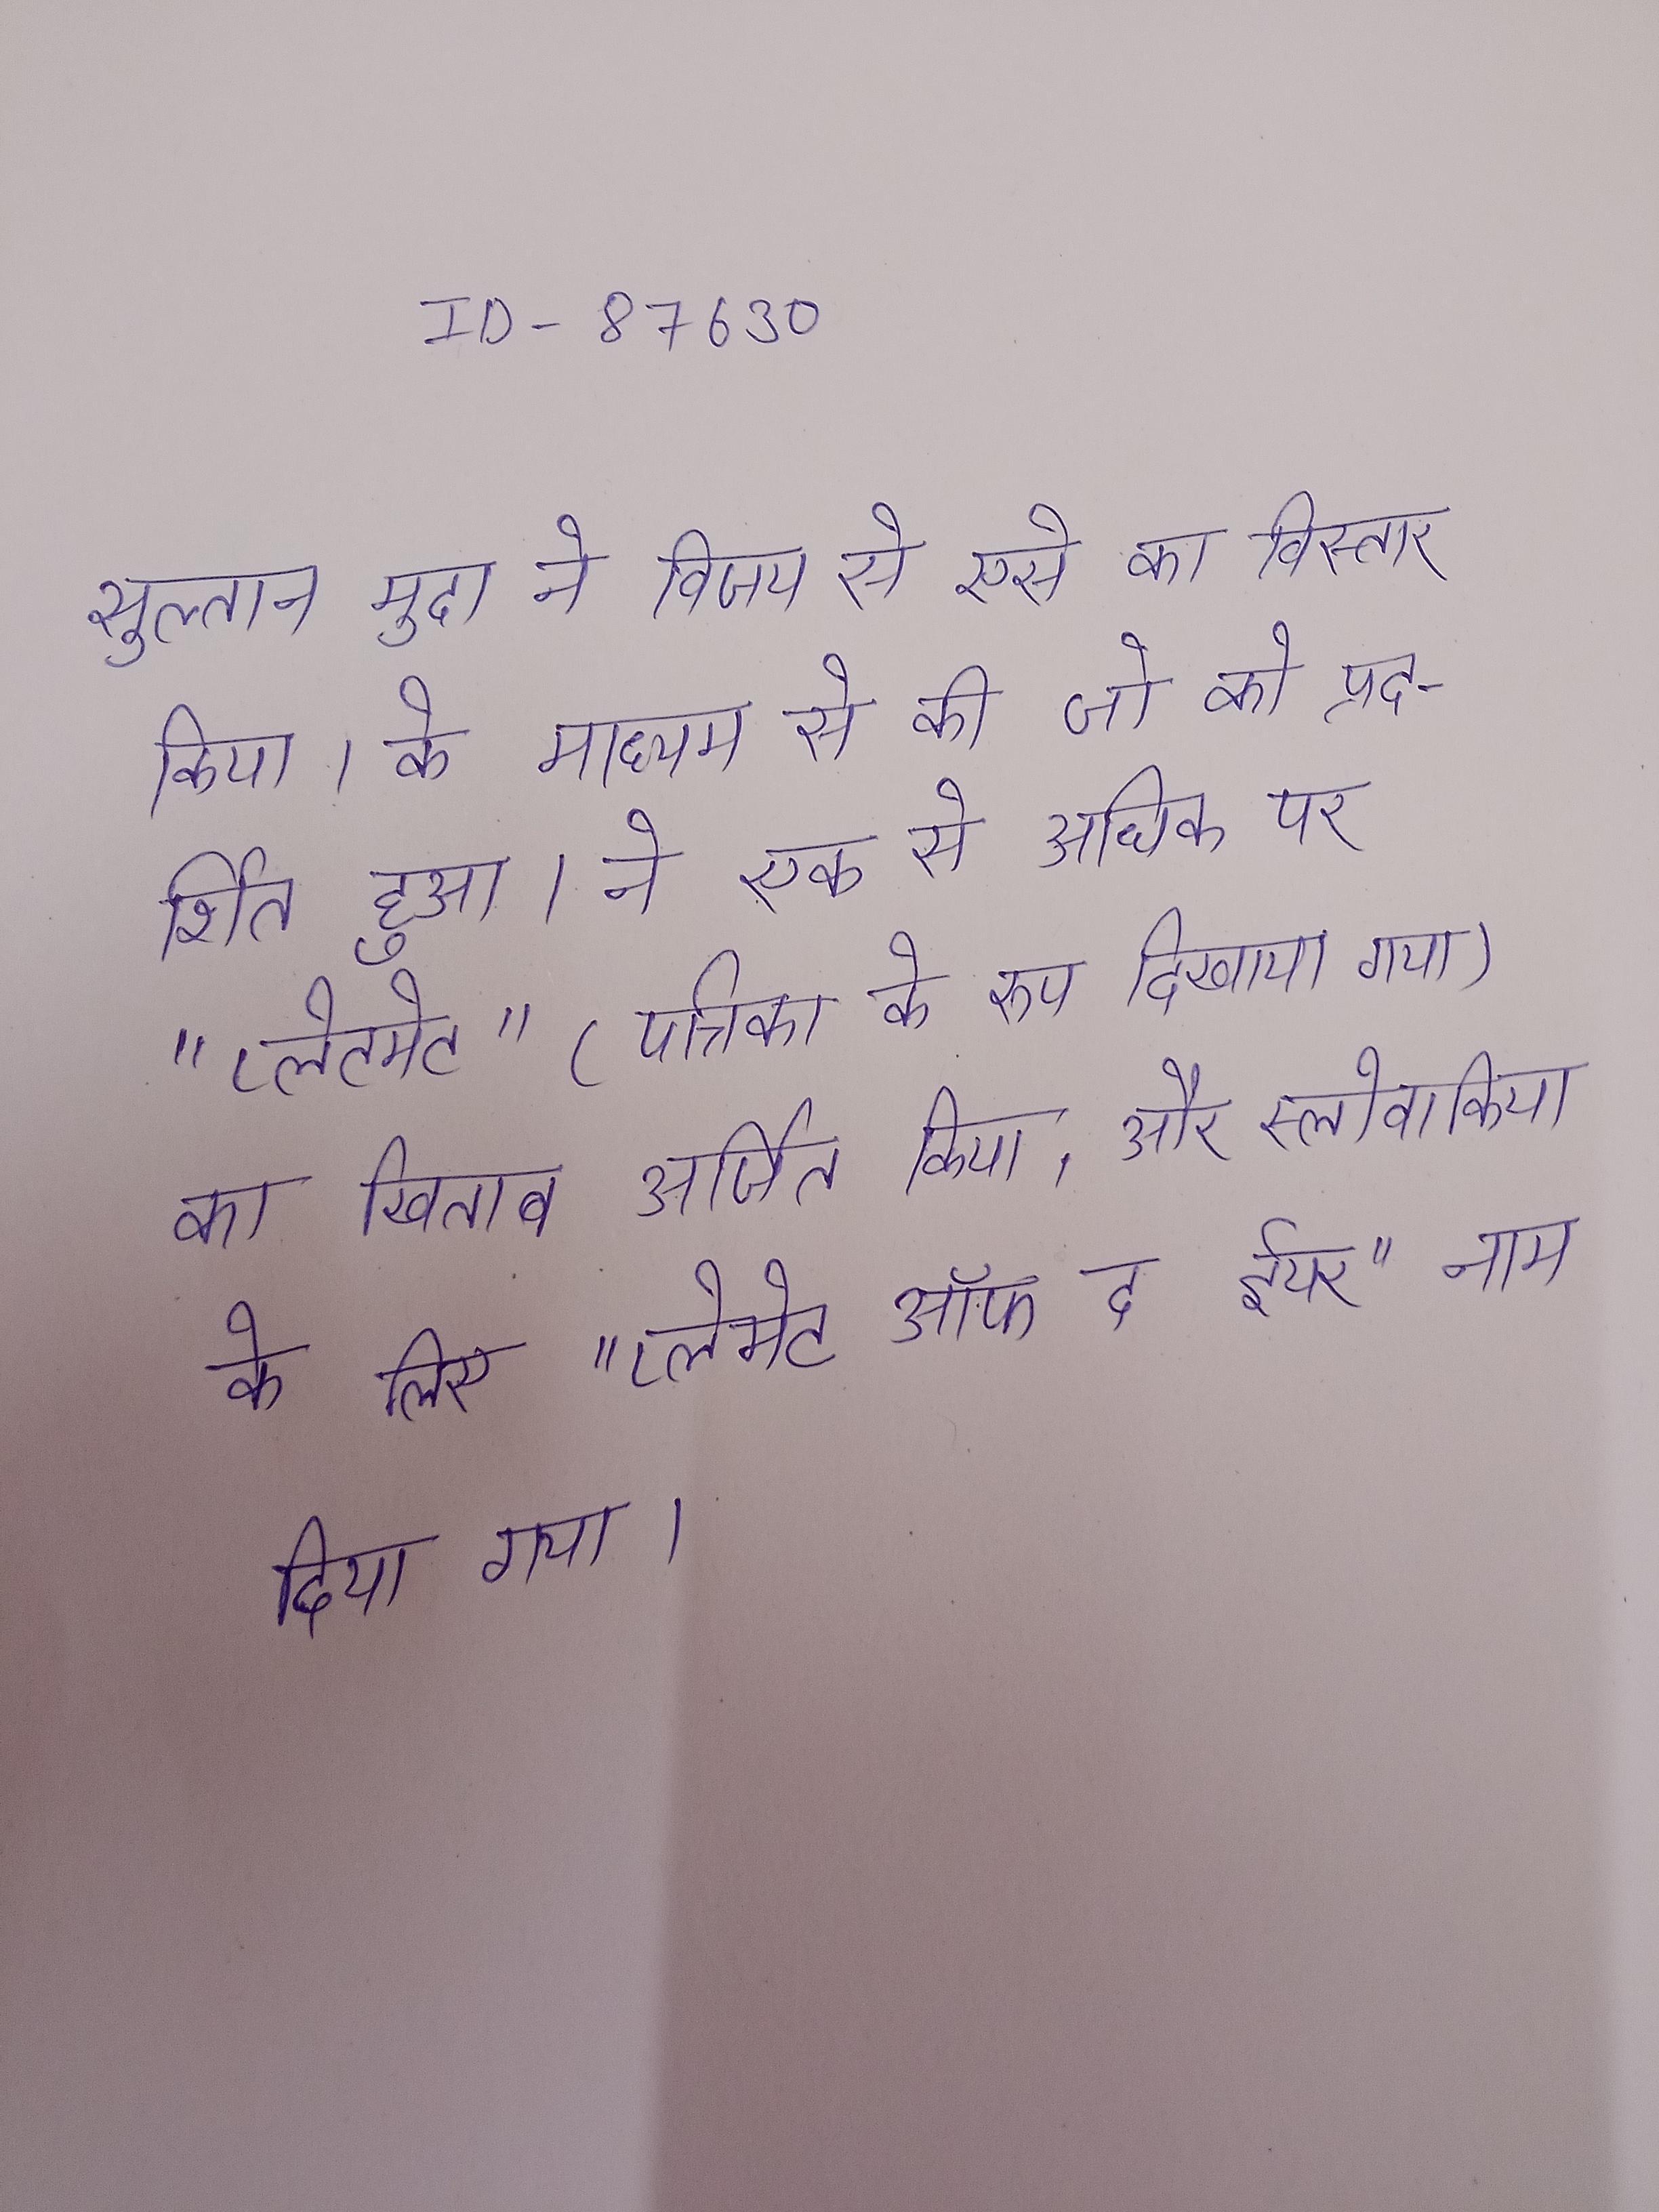
सुल्तान मुदा ने विजय से एसे का विस्तार किया । के माध्यम से की जो को प्रदर्शित हुआ । ने एक से अधिक पर "प्लेमेट" (पत्रिका के रूप दिखाया गया) का खिताब अर्जित किया, और स्लोवाकिया के लिए "प्लेमेट ऑफ द ईयर" नाम दिया गया ।